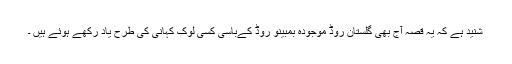
شنید ہے کہ یہ قصّہ آج بھی گلستان روڈ موجودہ بمبینو روڈ کےباسی کسی لوک کہانی کی طرح یاد رکھے ہوئے ہیں ۔